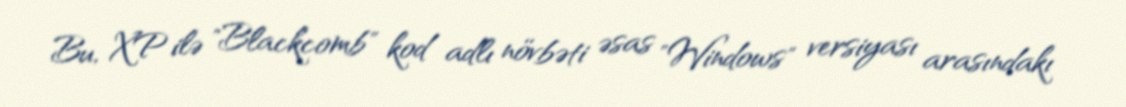
Bu, XP ilə "Blackcomb" kod adlı növbəti əsas "Windows" versiyası arasındakı